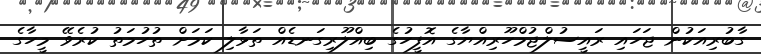
ގާބުރިއަކުން ޖަހައި ރައީސުލްޖުމްހޫރިއްޔާގެ އޮފީހުގެ ބިއްލޫރިގަނޑެއް ތަޅާލި ކަމަށް ތުހުމަތު ކުރެވޭ މީހާގެ